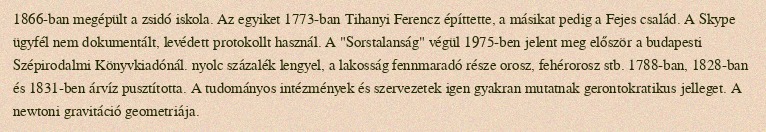
1866-ban megépült a zsidó iskola. Az egyiket 1773-ban Tihanyi Ferencz építtette, a másikat pedig a Fejes család. A Skype ügyfél nem dokumentált, levédett protokollt használ. A "Sorstalanság" végül 1975-ben jelent meg először a budapesti Szépirodalmi Könyvkiadónál. nyolc százalék lengyel, a lakosság fennmaradó része orosz, fehérorosz stb. 1788-ban, 1828-ban és 1831-ben árvíz pusztította. A tudományos intézmények és szervezetek igen gyakran mutatnak gerontokratikus jelleget. A newtoni gravitáció geometriája.